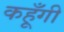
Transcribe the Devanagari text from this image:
कहूँगी